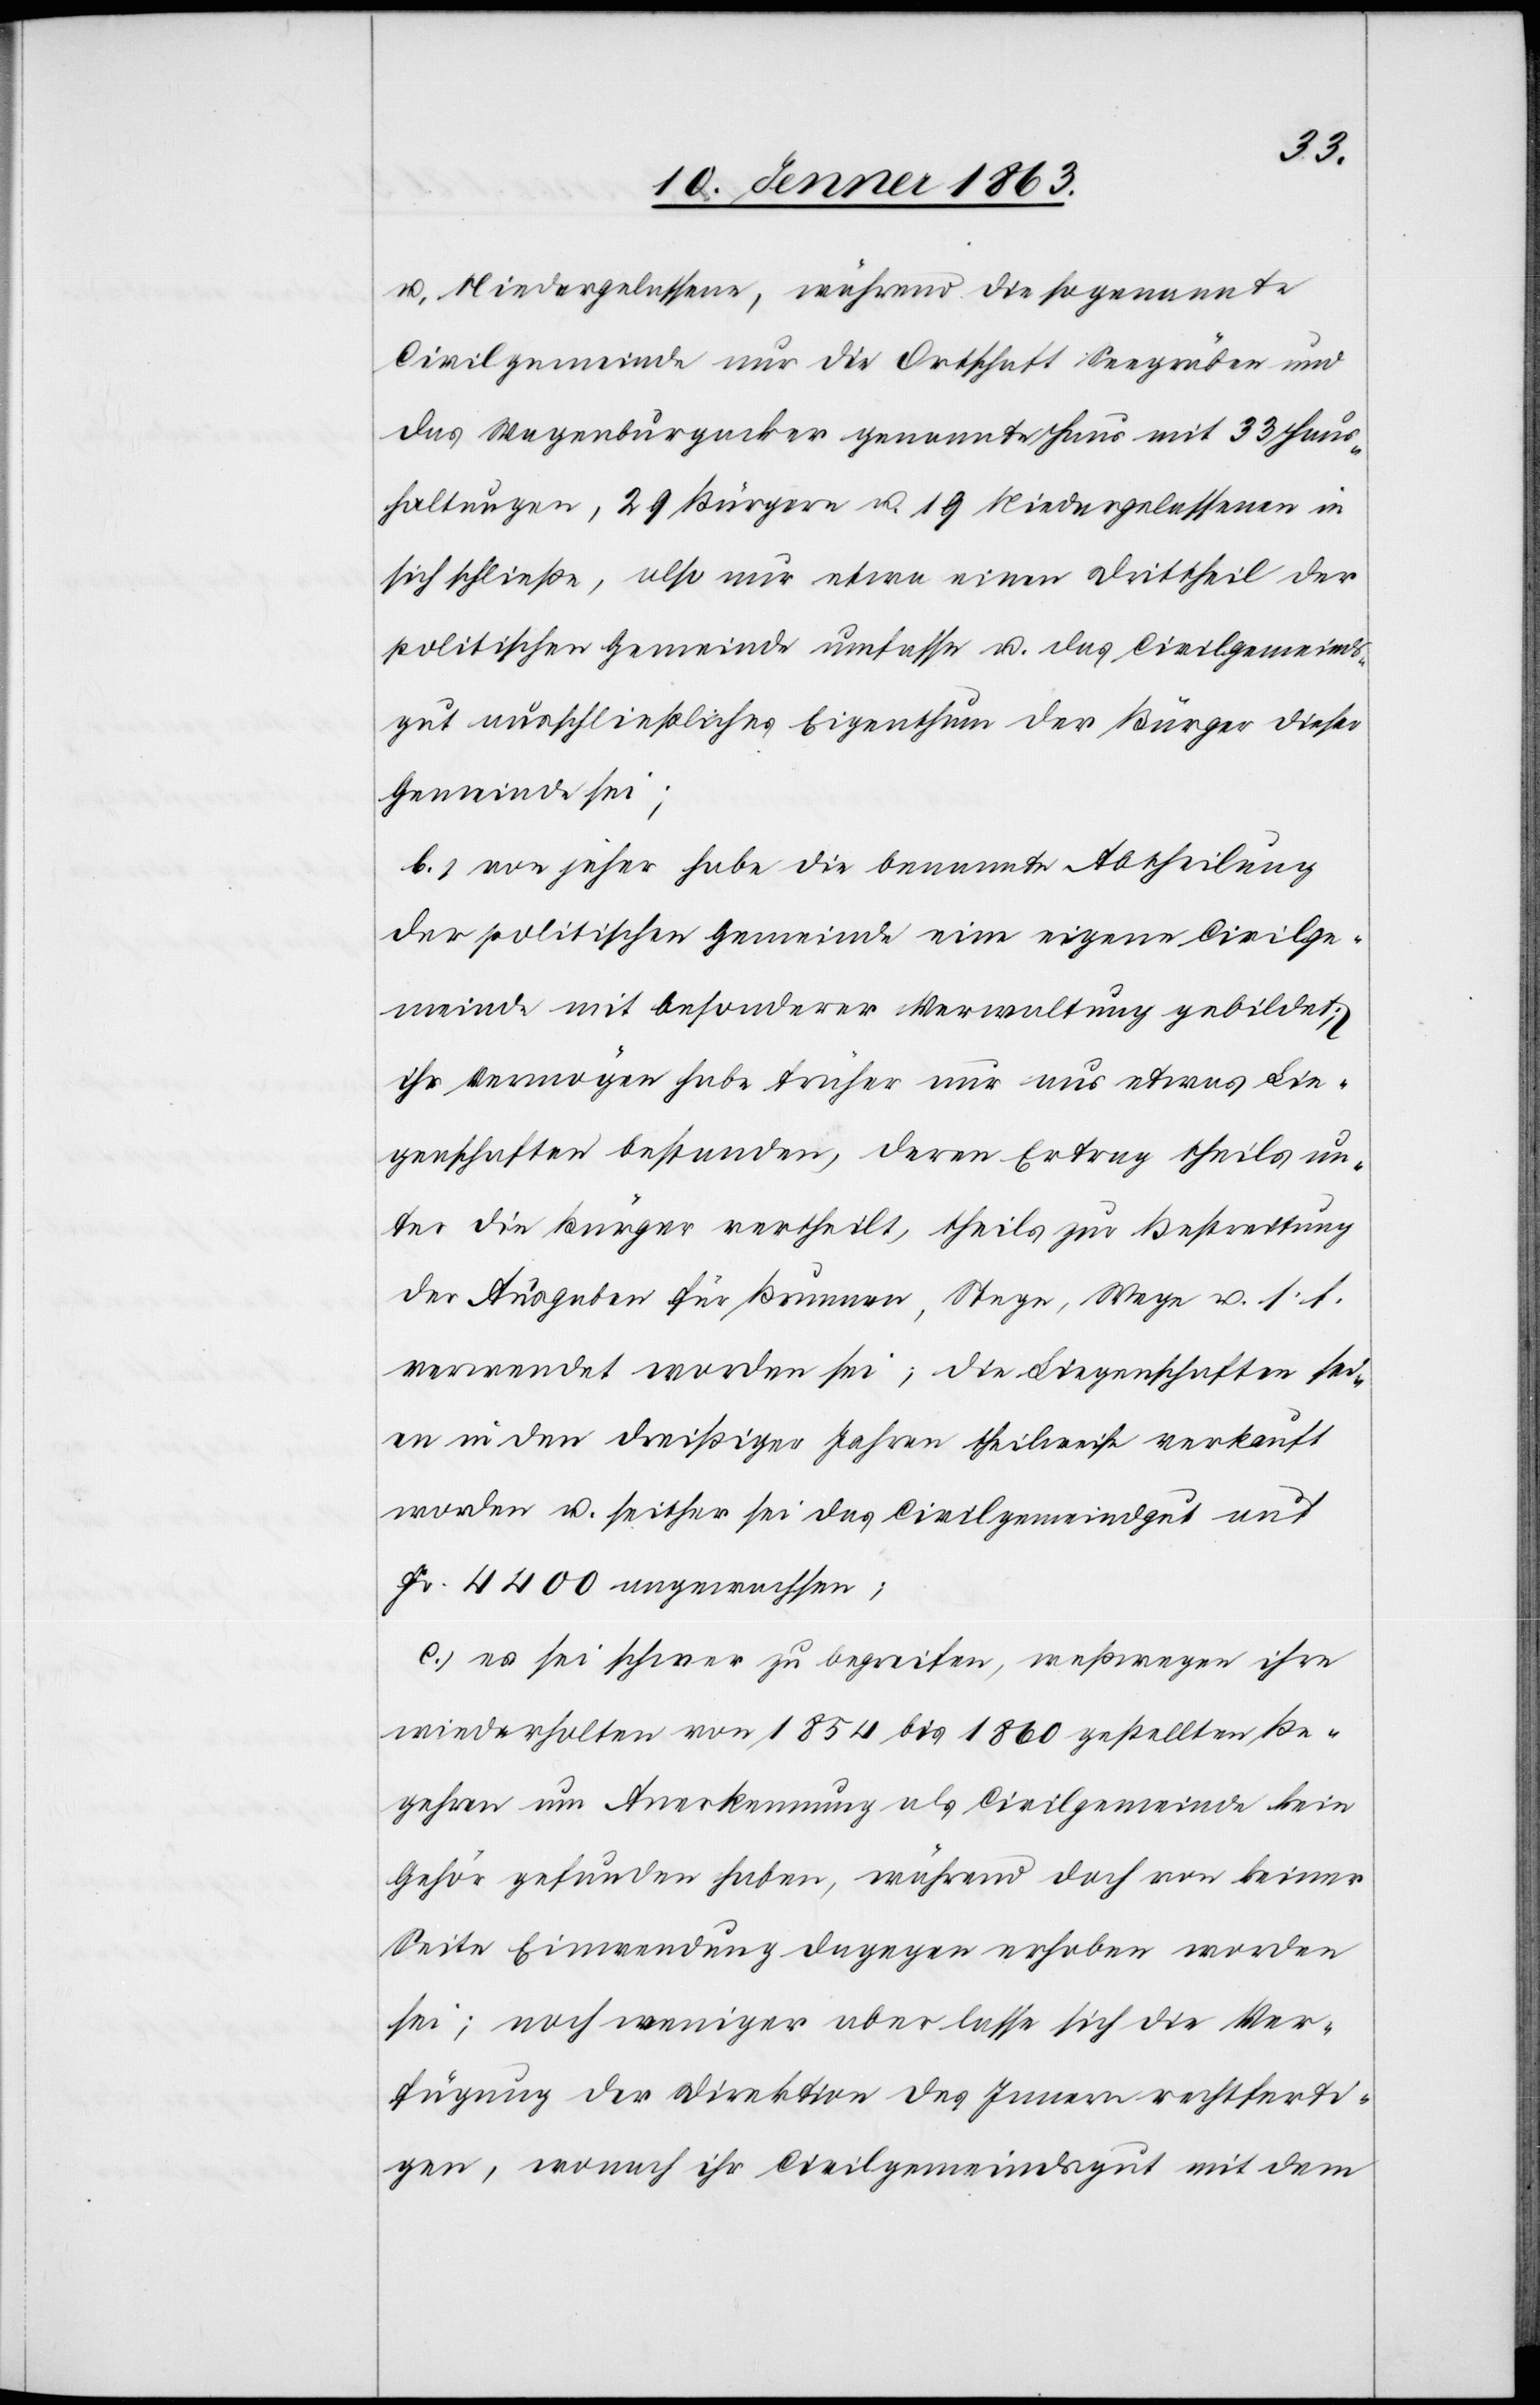
u. Niedergelassene, während die sogenannte
Civilgemeinde nur die Ortschaft Seegräben und
das Wagenburgacker genannte Haus mit 33 Haus¬
haltungen, 29 Bürgern u. 19 Niedergelassenen in
sich schließe, also nur etwa einen Drittheil der
politischen Gemeinde umfasse u. das Civilgemeinds¬
gut ausschließliches Eigenthum der Bürger dieser
Gemeinde sei;
b.) von jeher habe die benannte Abtheilung
der politischen Gemeinde eine eigene Civilge¬
meinde mit besonderer Verwaltung gebildet;
ihr Vermögen habe früher nur aus etwas Lie¬
genschaften bestanden, deren Ertrag theils un¬
ter die Bürger vertheilt, theils zur Bestreitung
der Ausgaben für Brunnen, Stege, Wege u. s. f.
verwendet worden sei; die Liegenschaften sei¬
en in den dreißiger Jahren theilweise verkauft
worden u. seither sei das Civilgemeindgut auf
Fr. 4400 angewachsen;
c.) es sei schwer zu begreifen, weßwegen ihre
wiederholten von 1854 bis 1860 gestellten Be¬
gehren um Anerkennung als Civilgemeinde kein
Gehör gefunden haben, während doch von keiner
Seite Einwendung dagegen erhoben worden
sei; noch weniger aber lasse sich die Ver¬
fügung der Direktion des Innern rechtferti¬
gen, wonach ihr Civilgemeindsgut mit dem